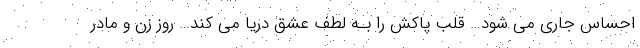
احساس جاری می شود… قلب پاکش را بـه لطف عشق دریا می کند… روز زن و مادر